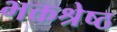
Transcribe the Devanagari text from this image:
भक्तश्रेष्ठ